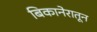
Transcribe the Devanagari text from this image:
बिकानेरातून